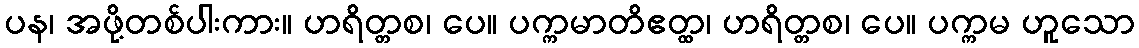
ပန၊ အဖို့တစ်ပါးကား။ ဟရိတ္တစ၊ ပေ။ ပက္ကမာတိဧတ္ထ၊ ဟရိတ္တစ၊ ပေ။ ပက္ကမ ဟူသော